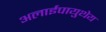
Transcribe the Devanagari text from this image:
अलाईपायुथेय